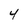
Character: 4